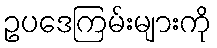
ဥပဒေကြမ်းများကို